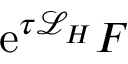
\mathrm { e } ^ { \tau \mathcal { L } _ { H } } F